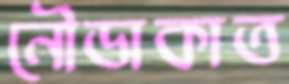
নৌডাকাত